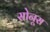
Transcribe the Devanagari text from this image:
सोनूस